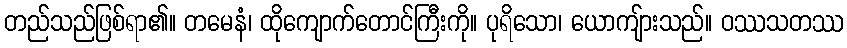
တည်သည်ဖြစ်ရာ၏။ တမေနံ၊ ထိုကျောက်တောင်ကြီးကို။ ပုရိသော၊ ယောကျ်ားသည်။ ဝဿသတဿ